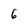
Character: 6